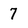
Character: 7